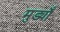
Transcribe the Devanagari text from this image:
मुड्याँ